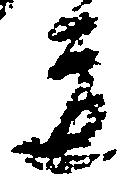
道